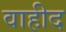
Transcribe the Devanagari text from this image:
वाहीद